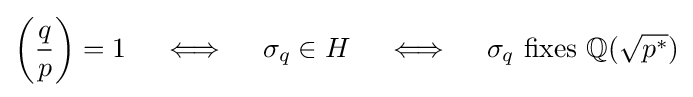
\left({\frac {q}{p}}\right)=1\quad \iff \quad \sigma _{q}\in H\quad \iff \quad \sigma _{q}{\mbox{ fixes }}\mathbb {Q} ({\sqrt {p^{*}}})